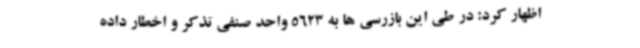
اظهار کرد: در طی این بازرسی ها به 5623 واحد صنفی تذکر و اخطار داده